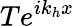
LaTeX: Te^{ik_{h}x}